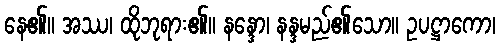
နေ၏။ အဿ၊ ထိုဘုရား၏။ နန္ဒော၊ နန္ဒမည်၏သော။ ဥပဋ္ဌာကော၊